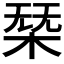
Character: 𣓢